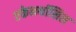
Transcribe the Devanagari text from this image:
एकेनथॉसिस